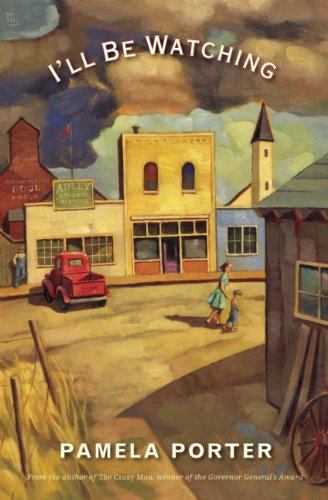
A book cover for I'll Be Watching; Pamela Porter; Teen & Young Adult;